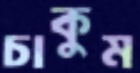
চাকুম